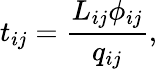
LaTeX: t_{ij}=\frac{L_{ij}\phi_{ij}}{q_{ij}},